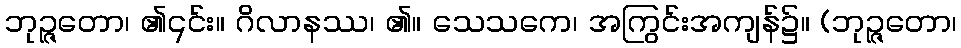
ဘုဉ္ဇတော၊ ၏၎င်း။ ဂိလာနဿ၊ ၏။ သေသကေ၊ အကြွင်းအကျန်၌။ (ဘုဉ္ဇတော၊